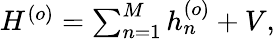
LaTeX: \begin{array}{r}{H^{(o)}=\sum_{n=1}^{M}h_{n}^{(o)}+V,}\end{array}